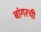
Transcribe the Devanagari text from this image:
बांगरची